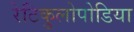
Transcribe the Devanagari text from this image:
रेटिकुलोपोडिया